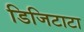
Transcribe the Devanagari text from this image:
डिजिटाटा